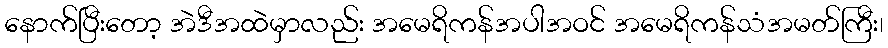
နောက်ပြီးတော့ အဲဒီအထဲမှာလည်း အမေရိကန်အပါအဝင် အမေရိကန်သံအမတ်ကြီး၊